Civil Veterinary Dept. Assam report 1927-50 - 1927-1950
Year: 1927
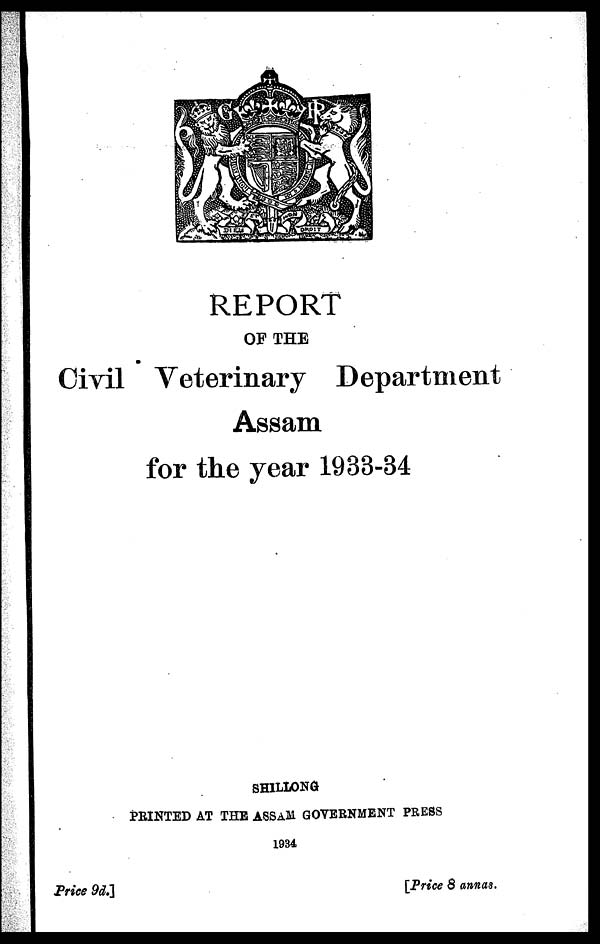
REPORT
OF THE
Civil Veterinary Department
Assam
for the year 1933-34
PRINTED AT THE ASSAM GOVERNMENT PRESS
1934
Price 9d.]
[Price 8 annas.